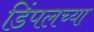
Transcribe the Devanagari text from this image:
डिंपलच्या